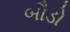
બૌડો